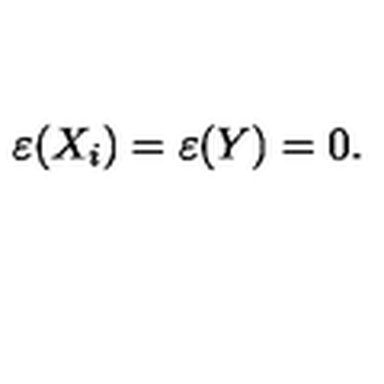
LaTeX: \varepsilon ( X _ { i } ) = \varepsilon ( Y ) = 0 .